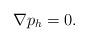
LaTeX: \begin{align*}\nabla p_h = 0 .\end{align*}